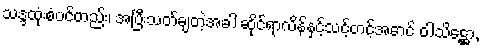
သဒ္ဒထုံးစံပင်တည်း၊ အပြီးသတ်ချတဲ့အခါ ဆိုင်ရာလိန်နှင့်သင့်တင့်အောင် ဝါသိဋ္ဌော,